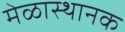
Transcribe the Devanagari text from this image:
मेळास्थानक